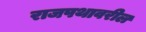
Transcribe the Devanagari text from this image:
राजपथावरील